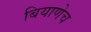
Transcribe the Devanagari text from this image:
बियाणेच